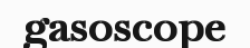
gasoscope